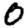
Digit: 0